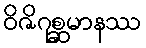
ဝိဇိဂုစ္ဆမာနဿ